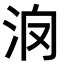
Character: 𣲿